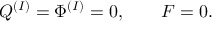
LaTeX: Q ^ { ( I ) } = \Phi ^ { ( I ) } = 0 , \qquad F = 0 .